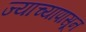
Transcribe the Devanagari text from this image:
ज्याच्यापासून